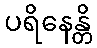
ပရိနေန္တိ